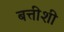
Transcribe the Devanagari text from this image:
बत्तीशी